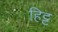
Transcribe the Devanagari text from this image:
हिट्ट